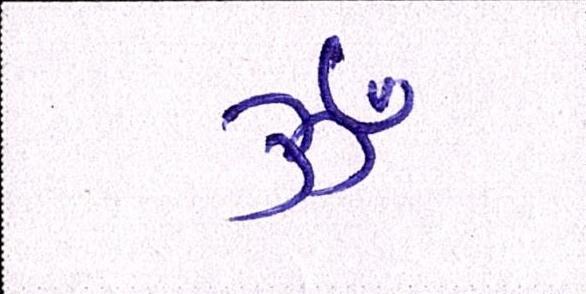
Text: ૐ